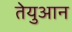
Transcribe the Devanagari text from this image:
तेयुआन